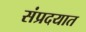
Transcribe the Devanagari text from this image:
संप्रदयात